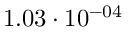
1 . 0 3 \cdot 1 0 ^ { - 0 4 }